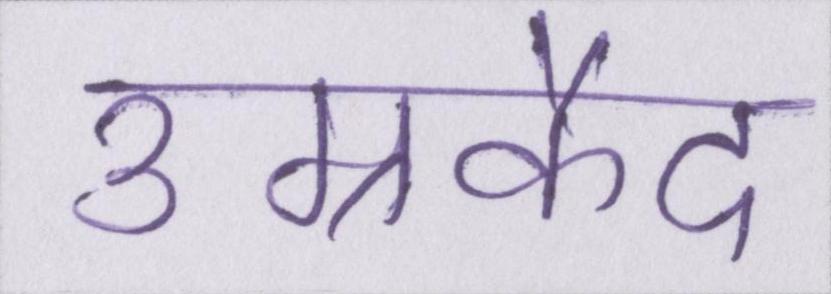
उम्रकैद